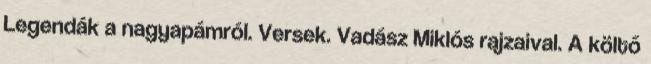
Legendák a nagyapámról. Versek. Vadász Miklós rajzaival. A költő